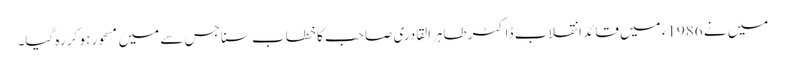
میں نے 1986ء میں قائد انقلاب ڈاکٹر طاہرالقادری صاحب کا خطاب سنا جس سے میں مسحور ہو کر رہ گیا۔